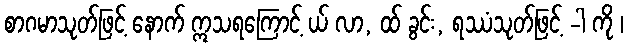
စာဂမာသုတ်ဖြင့် နောက် ဣသရကြောင့် ယ် လာ, ထ် ခွင်း, ရဿံသုတ်ဖြင့် -ါ ကို ၊